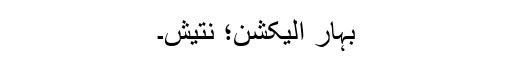
بہار الیکشن؛ نتیش۔